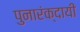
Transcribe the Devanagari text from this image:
पुनारंक्दायी